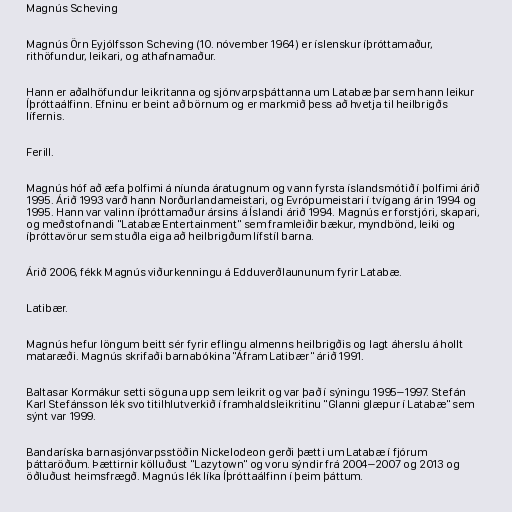
Magnús Scheving

Magnús Örn Eyjólfsson Scheving (10. nóvember 1964) er íslenskur íþróttamaður,
rithöfundur, leikari, og athafnamaður.

Hann er aðalhöfundur leikritanna og sjónvarpsþáttanna um Latabæ þar sem hann leikur
Íþróttaálfinn. Efninu er beint að börnum og er markmið þess að hvetja til heilbrigðs
lífernis.

Ferill.

Magnús hóf að æfa þolfimi á níunda áratugnum og vann fyrsta íslandsmótið í þolfimi árið
1995. Árið 1993 varð hann Norðurlandameistari, og Evrópumeistari í tvígang árin 1994 og
1995. Hann var valinn íþróttamaður ársins á Íslandi árið 1994. Magnús er forstjóri, skapari,
og meðstofnandi "Latabæ Entertainment" sem framleiðir bækur, myndbönd, leiki og
íþróttavörur sem stuðla eiga að heilbrigðum lífstíl barna.

Árið 2006, fékk Magnús viðurkenningu á Edduverðlaununum fyrir Latabæ.

Latibær.

Magnús hefur löngum beitt sér fyrir eflingu almenns heilbrigðis og lagt áherslu á hollt
mataræði. Magnús skrifaði barnabókina "Áfram Latibær" árið 1991.

Baltasar Kormákur setti söguna upp sem leikrit og var það í sýningu 1995–1997. Stefán
Karl Stefánsson lék svo titilhlutverkið í framhaldsleikritinu "Glanni glæpur í Latabæ" sem
sýnt var 1999.

Bandaríska barnasjónvarpsstöðin Nickelodeon gerði þætti um Latabæ í fjórum
þáttaröðum. Þættirnir kölluðust "Lazytown" og voru sýndir frá 2004–2007 og 2013 og
öðluðust heimsfrægð. Magnús lék líka Íþróttaálfinn í þeim þáttum.